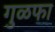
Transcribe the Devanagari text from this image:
गुळफा